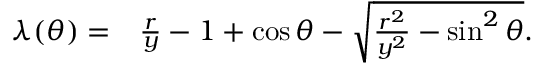
\begin{array} { r l } { \lambda ( \theta ) = } & { { } \frac { r } { y } - 1 + \cos \theta - \sqrt { \frac { r ^ { 2 } } { y ^ { 2 } } - \sin ^ { 2 } \theta } . } \end{array}